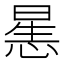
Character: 𰑶